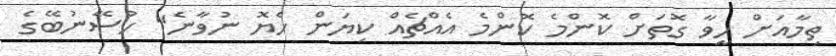
ތިމާއަށް ހީވާ ގޮތަށް ކޮންމެ ކޮންމެ އެއްޗެއް ކިޔަން ހެޔޮ ނުވާނެ" ހުސޭނުބޭގެ